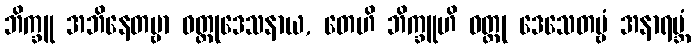
ဘိက္ခူ အဘိနေတဗ္ဗာ ဝတ္ထုဒေသနာယ, တေဟိ ဘိက္ခူဟိ ဝတ္ထု ဒေသေတဗ္ဗံ အနာရမ္ဘံ